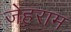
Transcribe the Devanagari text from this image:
जेहराम